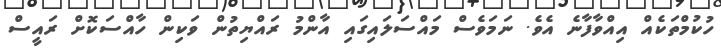
ހުކުމްތަކެއް އިއްވާފާނެ އެވެ. ނަމަވެސް މައްސަލައިގައި އާންމު ރައްޔިތުން ވަކިން ހާއްސަކޮށް ރައީސް